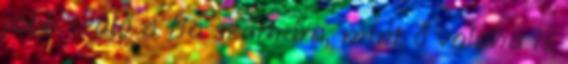
jobb szülő a fia számára, mint ő valaha is